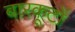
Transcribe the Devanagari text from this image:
बारकूटों